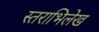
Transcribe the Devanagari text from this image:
स्तराभिलेख